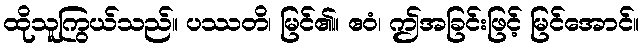
ထိုသူကြွယ်သည်။ ပဿတိ၊ မြင်၏။ ဧဝံ၊ ဤအခြင်းဖြင့် မြင်အောင်။